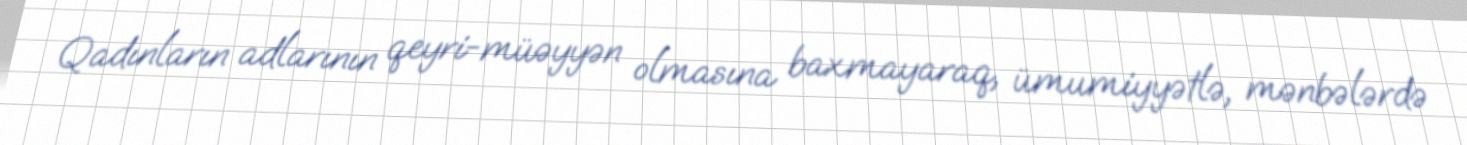
Qadınların adlarının qeyri-müəyyən olmasına baxmayaraq, ümumiyyətlə, mənbələrdə